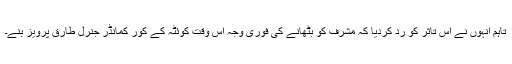
تاہم انہوں نے اس تاثر کو رد کردیا کہ مشرف کو بٹھانے کی فوری وجہ اس وقت کوئٹہ کے کور کمانڈر جنرل طارق پرویز بنے۔